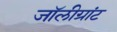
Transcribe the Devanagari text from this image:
जॉलीग्रांट